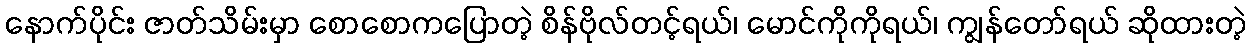
နောက်ပိုင်း ဇာတ်သိမ်းမှာ စောစောကပြောတဲ့ စိန်ဗိုလ်တင့်ရယ်၊ မောင်ကိုကိုရယ်၊ ကျွန်တော်ရယ် ဆိုထားတဲ့